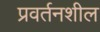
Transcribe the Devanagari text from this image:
प्रवर्तनशील